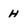
Character: H